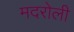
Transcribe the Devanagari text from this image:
मदरोली